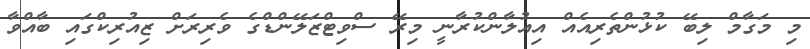
މި މަގާމް ލިބޭ ކުޅުންތެރިއެއް އިއުލާންކުރާނީ މިރޭ ސްވިޓްޒަލޭންޑްގެ ވެރިރަށް ޒިއުރިކްގައި ބާއްވާ